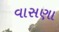
વાસણા